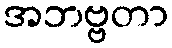
အဘဗ္ဗတာ